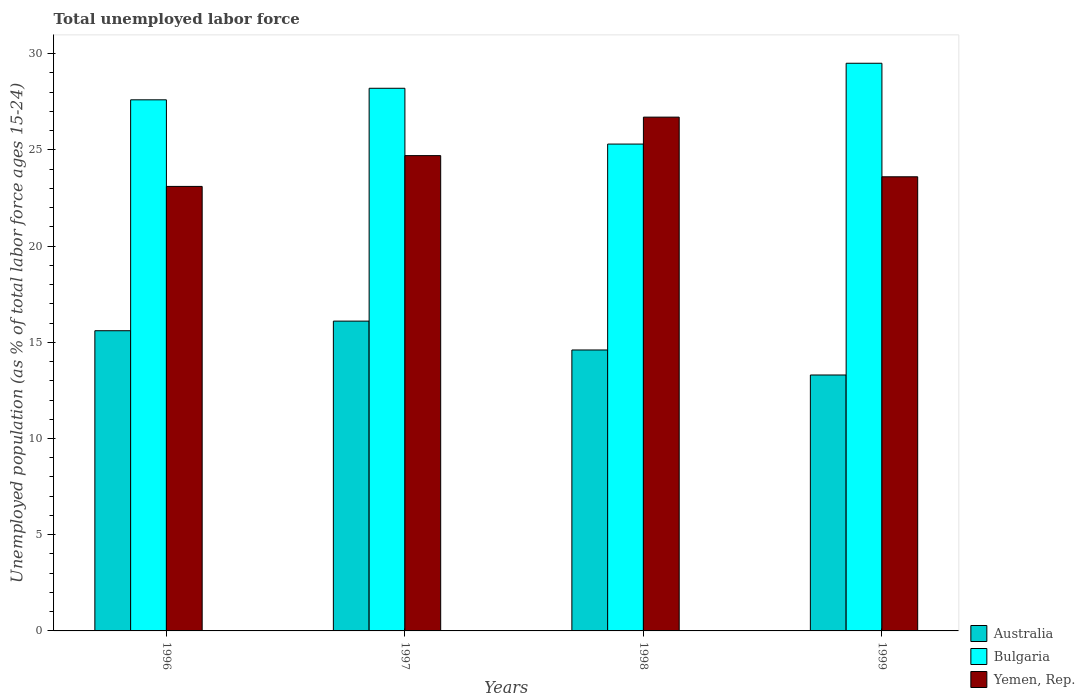
| Years | Australia | Bulgaria | Yemen, Rep. |
 | --- | --- | --- | --- |
 | 1996 | 15.6 | 27.6 | 23.1 |
 | 1997 | 16.1 | 28.2 | 24.7 |
 | 1998 | 14.6 | 25.3 | 26.7 |
 | 1999 | 13.3 | 29.5 | 23.6 |